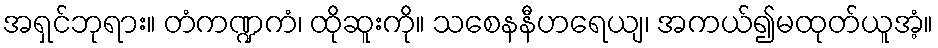
အရှင်ဘုရား။ တံကဏ္ဍကံ၊ ထိုဆူးကို။ သစေနနီဟရေယျ၊ အကယ်၍မထုတ်ယူအံ့။